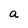
Character: a